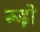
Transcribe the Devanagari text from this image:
रूड़ो